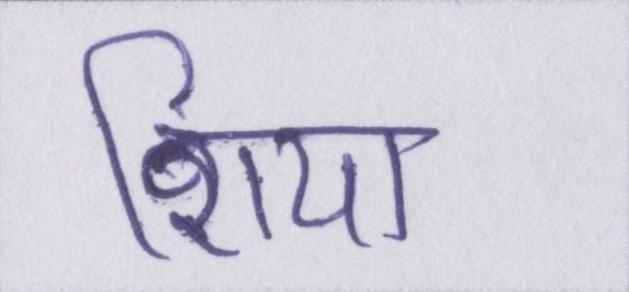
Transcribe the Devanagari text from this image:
शिया